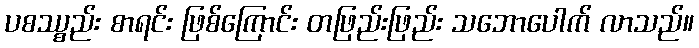
ပစဿ္စည်း စာရင်း ဖြစ်ကြောင်း တဖြည်းဖြည်း သဘောပေါက် လာသည်။